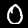
Label: 0